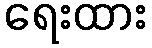
ရေးထား